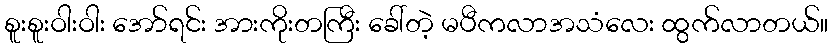
စူးစူးဝါးဝါး အော်ရင်း အားကိုးတကြီး ခေါ်တဲ့ မပီကလာအသံလေး ထွက်လာတယ်။